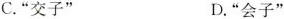
C.”交子” D.”会子”